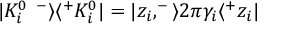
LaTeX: | K _ { i } ^ { 0 \enspace - } \rangle \langle ^ { + } K _ { i } ^ { 0 } | = | z _ { i } , ^ { - } \rangle 2 \pi \gamma _ { i } \langle ^ { + } z _ { i } |